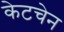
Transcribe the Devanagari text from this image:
केटचेन